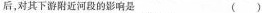
后，对其下游附近河段的响是 ( )